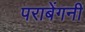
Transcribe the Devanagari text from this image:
पराबेंगनी